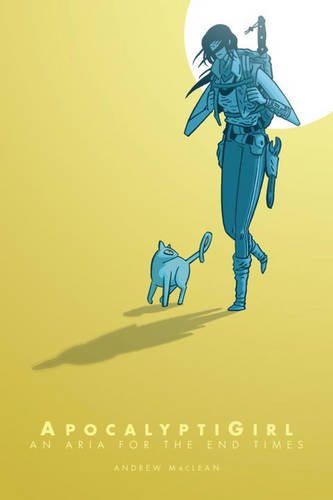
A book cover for ApocalyptiGirl: An Aria for the End Times; Andrew MacLean; Comics & Graphic Novels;